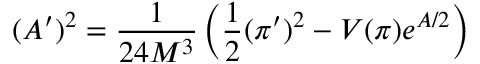
( A ^ { \prime } ) ^ { 2 } = \frac { 1 } { 2 4 M ^ { 3 } } \left( \frac { 1 } { 2 } ( \pi ^ { \prime } ) ^ { 2 } - V ( \pi ) e ^ { A / 2 } \right)